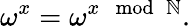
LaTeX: \omega^{x}=\omega^{x\mod\mathbb{N}}.